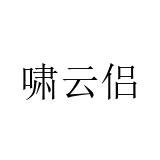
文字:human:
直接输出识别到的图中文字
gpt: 啸云侣